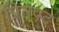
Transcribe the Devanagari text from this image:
प्रितपद